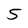
Character: 5